Annual report of lunatic asylums [Bombay] - 1912-1922
Year: 1912
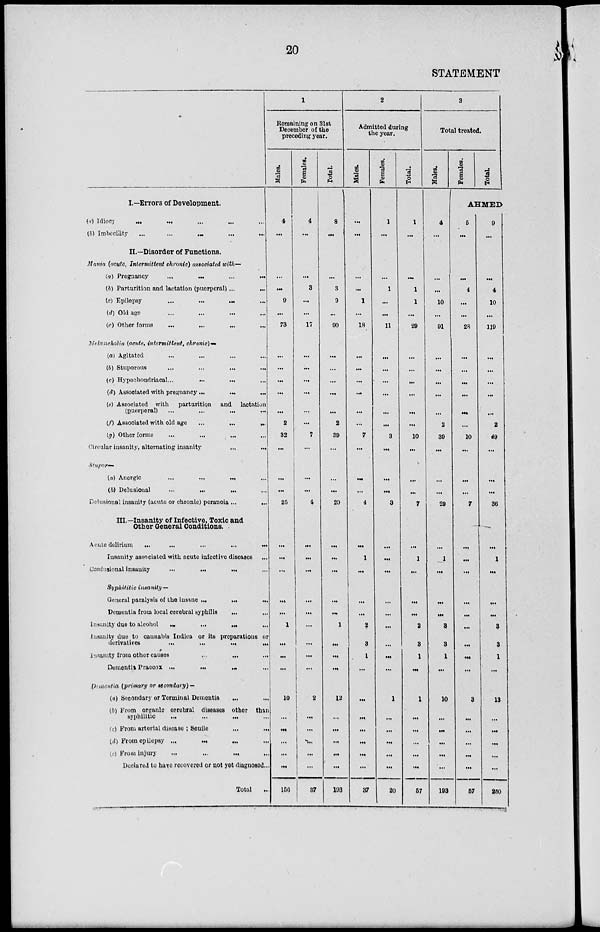
20
STATEMENT
I.—Errors of Development.
(a) Idiocy
...
...
...
...
...
(b) Imbecility ... ... ... ... ...
II.—Disorder of Functions.
Mania (acute, Intermittent chronic) associated with—
(a) Pregnancy
...
...
...
...
(b) Parturition and lactation (puerperal) ... ...
(c) Epilepsy ... ... ... ...
(d) Old age ... ... ... ...
(e) Other forms
...
...
...
...
Melancholia (acute, intermittent, chronic)—
(a) Agitated ... ... ... ...
(b) Stuporous ... ... ... ...
(c) Hypochondriacal...
...
...
...
(d) Associated with pregnancy ... ... ...
(e) Associated with parturition and lactation
(puerperal)
...
...
...
...
(f) Associated with old age
...
...
...
(g) Other forms ... ... ... ...
Circular insanity, alternating insanity
...
...
Stupor—
(a) Anergic ... ... ... ...
(b) Delusional ... ... ... ...
Delusional insanity (acute or chronic) peranoia ...
...
III.—Insanity of Infective, Toxic and
Other General Conditions.
Acute delirium ... ... ... ... ...
Insanity associated with acute infective diseases ...
Confusional insanity
...
...
...
...
...
Syphilitic insanity—
General paralysis of the insane ... ... ...
Dementia from local cerebral syphilis ... ...
Insanity due to alcohol
...
...
...
...
insanity due to cannabis Indica or its preparations or
derivatives
...
...
...
...
insanity from other causes
...
...
...
Dementia Praecox
...
...
...
...
Dementia (primary or secondary) —
(a) Secondary or Terminal Dementia ... ...
(b) From organic cerebral diseases other than
syphilitic
...
...
...
...
(c) From arterial disease ; Senile
...
...
(d) From epilepsy ... ... ... ...
(e) From injury
...
...
...
...
Declared to have recovered or not yet diagnosed...
Total ...
1
Remaining on 31st
December of the
preceding year.
Males.
4
...
...
...
9
...
73
...
...
...
...
...
2
32
...
...
...
25
...
...
...
...
...
1
...
...
...
10
...
...
...
...
...
156
Females.
4
...
...
3
...
...
17
...
...
...
...
...
...
7
...
...
...
4
...
...
...
...
...
...
...
...
...
2
...
...
...
...
...
37
Total.
8
...
...
3
9
...
90
...
...
...
...
...
2
39
...
...
...
29
...
...
...
...
...
1
...
...
...
12
...
...
...
...
...
193
2
Admitted during
the year.
Males.
...
...
...
...
1
...
18
...
...
...
...
...
...
7
...
...
...
4
...
1
...
...
...
2
3
1
...
...
...
...
...
...
...
37
Females.
1
...
...
1
...
...
11
...
...
...
...
...
...
3
...
...
...
3
...
...
...
...
...
...
...
...
...
1
...
...
...
...
...
20
Total.
.
1
...
...
1
1
...
29
...
...
...
...
...
...
10
...
...
...
7
...
1
...
...
...
2
3
1
...
1
...
...
...
...
...
57
3
Total treated.
Males.
4
...
...
...
10
...
91
...
...
...
...
...
2
39
...
...
...
29
...
1
...
...
...
3
3
1
...
10
...
...
...
...
...
193
Females.
Total.
AHMED
5
...
...
4
...
...
28
...
...
...
...
...
...
10
...
...
...
7
...
...
...
...
...
...
...
...
...
3
...
...
...
...
...
57
9
...
...
4
10
...
119
...
...
...
...
...
2
49
...
...
...
36
...
1
...
...
...
3
3
1
...
13
...
...
...
...
250